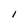
Character: l